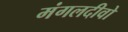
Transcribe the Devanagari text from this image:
मंगलदीवो